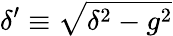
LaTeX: \delta^{\prime}\equiv\sqrt{\delta^{2}-g^{2}}